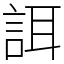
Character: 誀